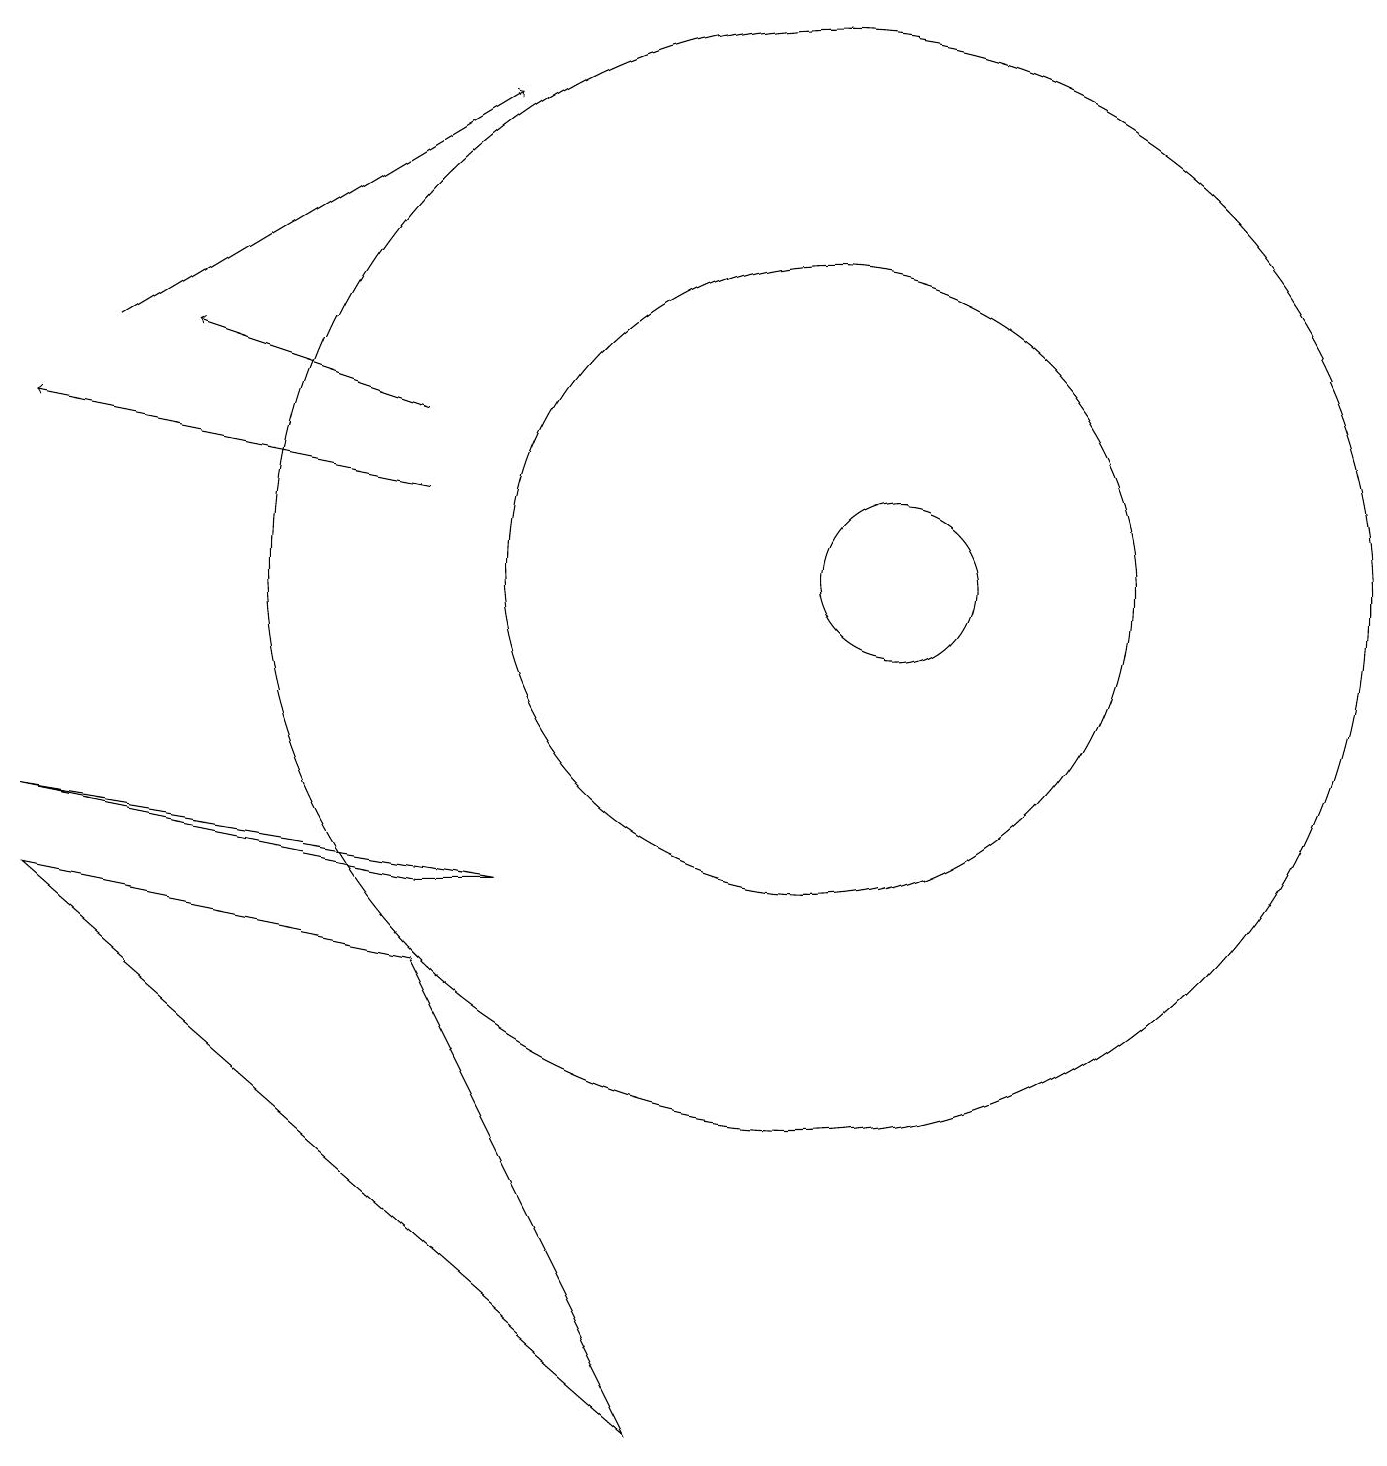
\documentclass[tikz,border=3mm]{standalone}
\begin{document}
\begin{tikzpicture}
\draw (5,6) -- (0,7) -- (8,0) -- cycle;
\draw (5,7) -- (6,7) -- (0,8) -- cycle;
\draw[->] (5,12) -- (0,13);
\draw (11,11) circle (1);
\draw[->] (5,13) -- (2,14);
\draw (10,11) circle (7);
\draw[->] (1,14) -- (6,17);
\draw (10,11) circle (4);
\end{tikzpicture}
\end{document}